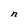
Character: n